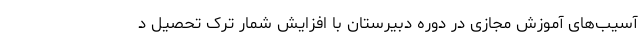
آسیب‌های آموزش مجازی در دوره دبیرستان با افزایش شمار ترک‌ تحصیل د